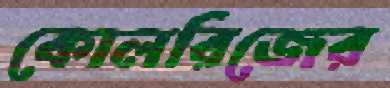
কোলরিজের